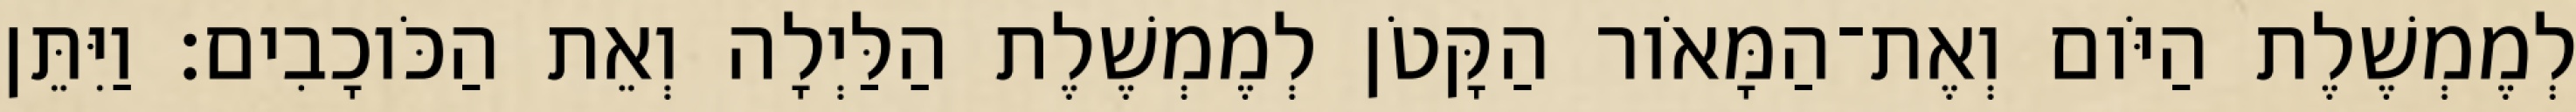
לְמֶמְשֶׁלֶת הַיֹּום וְאֶת־הַמָּאֹור הַקָּטֹן לְמֶמְשֶׁלֶת הַלַּיְלָה וְאֵת הַכֹּוכָבִים׃ וַיִּתֵּן